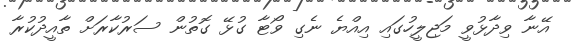
އޭނާ ވިދާޅުވީ މަޖިލީހުގައި އިއްޔެ ނެގި ވޯޓާ ގުޅޭ ގޮތުން ސަރުކާރަށް ތާއީދުކުރާ